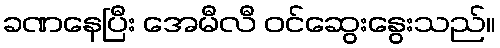
ခဏနေပြီး အေမီလီ ဝင်ဆွေးနွေးသည်။